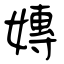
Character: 嫥